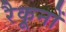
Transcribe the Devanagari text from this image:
रैकूनों